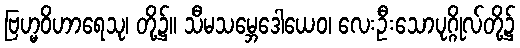
ဗြဟ္မဝိဟာရေသု၊ တို့၌။ သီမသမ္ဘေဒေါယေဝ၊ လေးဦးသောပုဂ္ဂိုလ်တို့၌